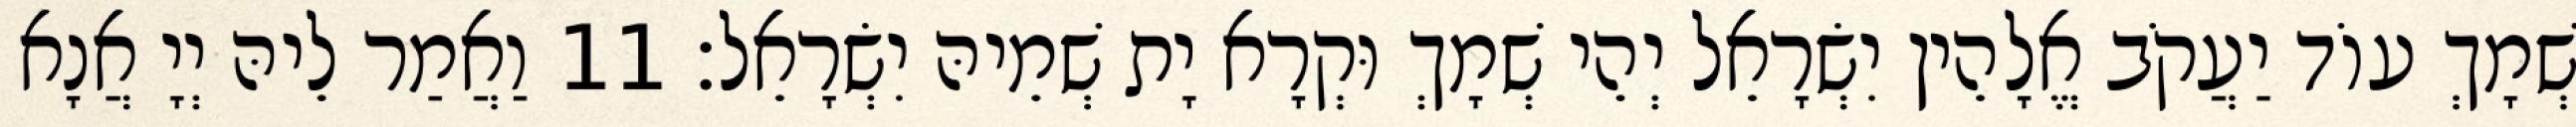
שְׁמָךְ עוֹד יַעֲקֹב אֱלָהֵין יִשְׂרָאֵל יְהֵי שְׁמָךְ וּקְרָא יָת שְׁמֵיהּ יִשְׂרָאֵל׃ 11 וַאֲמַר לֵיהּ יְיָ אֲנָא